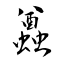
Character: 蠤